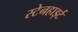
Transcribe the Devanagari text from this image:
स्टेनहार्ड्ट